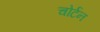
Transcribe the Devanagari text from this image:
चोर्टन